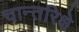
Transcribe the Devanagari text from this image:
चान्तरिक्षे